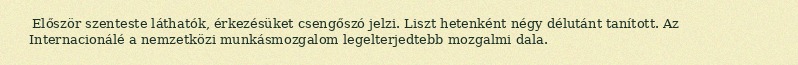
Először szenteste láthatók, érkezésüket csengőszó jelzi. Liszt hetenként négy délutánt tanított. Az Internacionálé a nemzetközi munkásmozgalom legelterjedtebb mozgalmi dala.